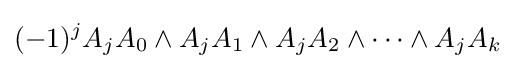
(-1)^{j}A_{j}A_{0}\wedge A_{j}A_{1}\wedge A_{j}A_{2}\wedge \cdots \wedge A_{j}A_{k}